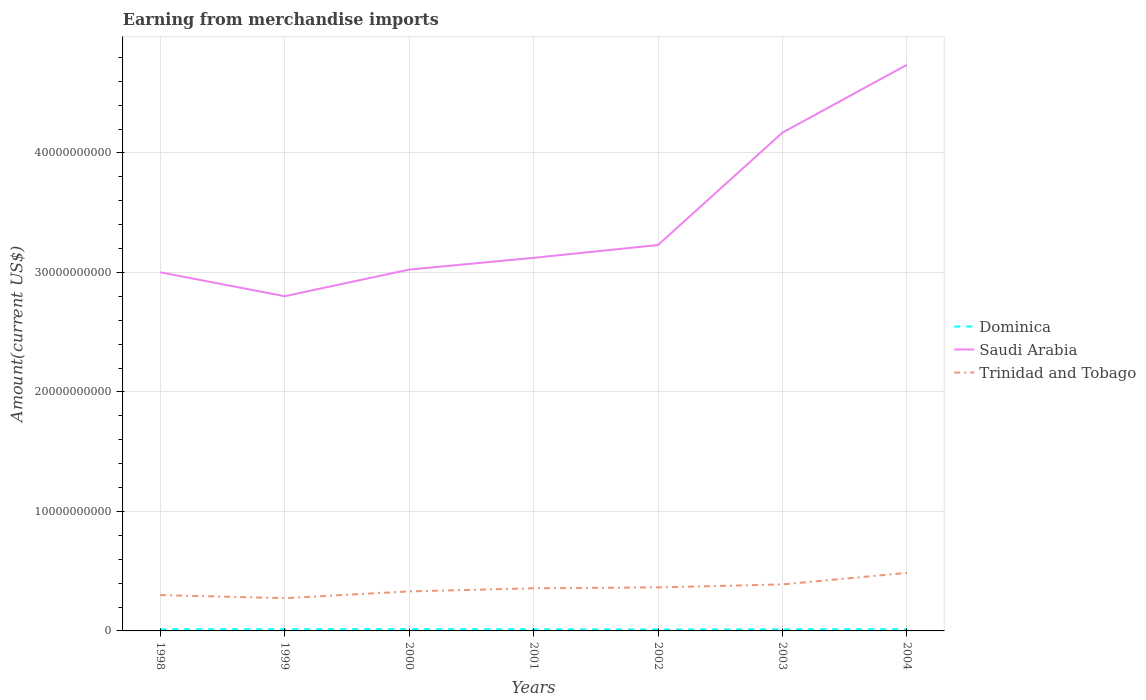
| Years | Dominica | Saudi Arabia | Trinidad and Tobago |
 | --- | --- | --- | --- |
 | 1998 | 1.36e+08 | 3e+10 | 3e+09 |
 | 1999 | 1.41e+08 | 2.8e+10 | 2.74e+09 |
 | 2000 | 1.48e+08 | 3.02e+10 | 3.31e+09 |
 | 2001 | 1.31e+08 | 3.12e+10 | 3.57e+09 |
 | 2002 | 1.16e+08 | 3.23e+10 | 3.64e+09 |
 | 2003 | 1.28e+08 | 4.17e+10 | 3.89e+09 |
 | 2004 | 1.44e+08 | 4.74e+10 | 4.86e+09 |